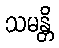
သမန္တိ